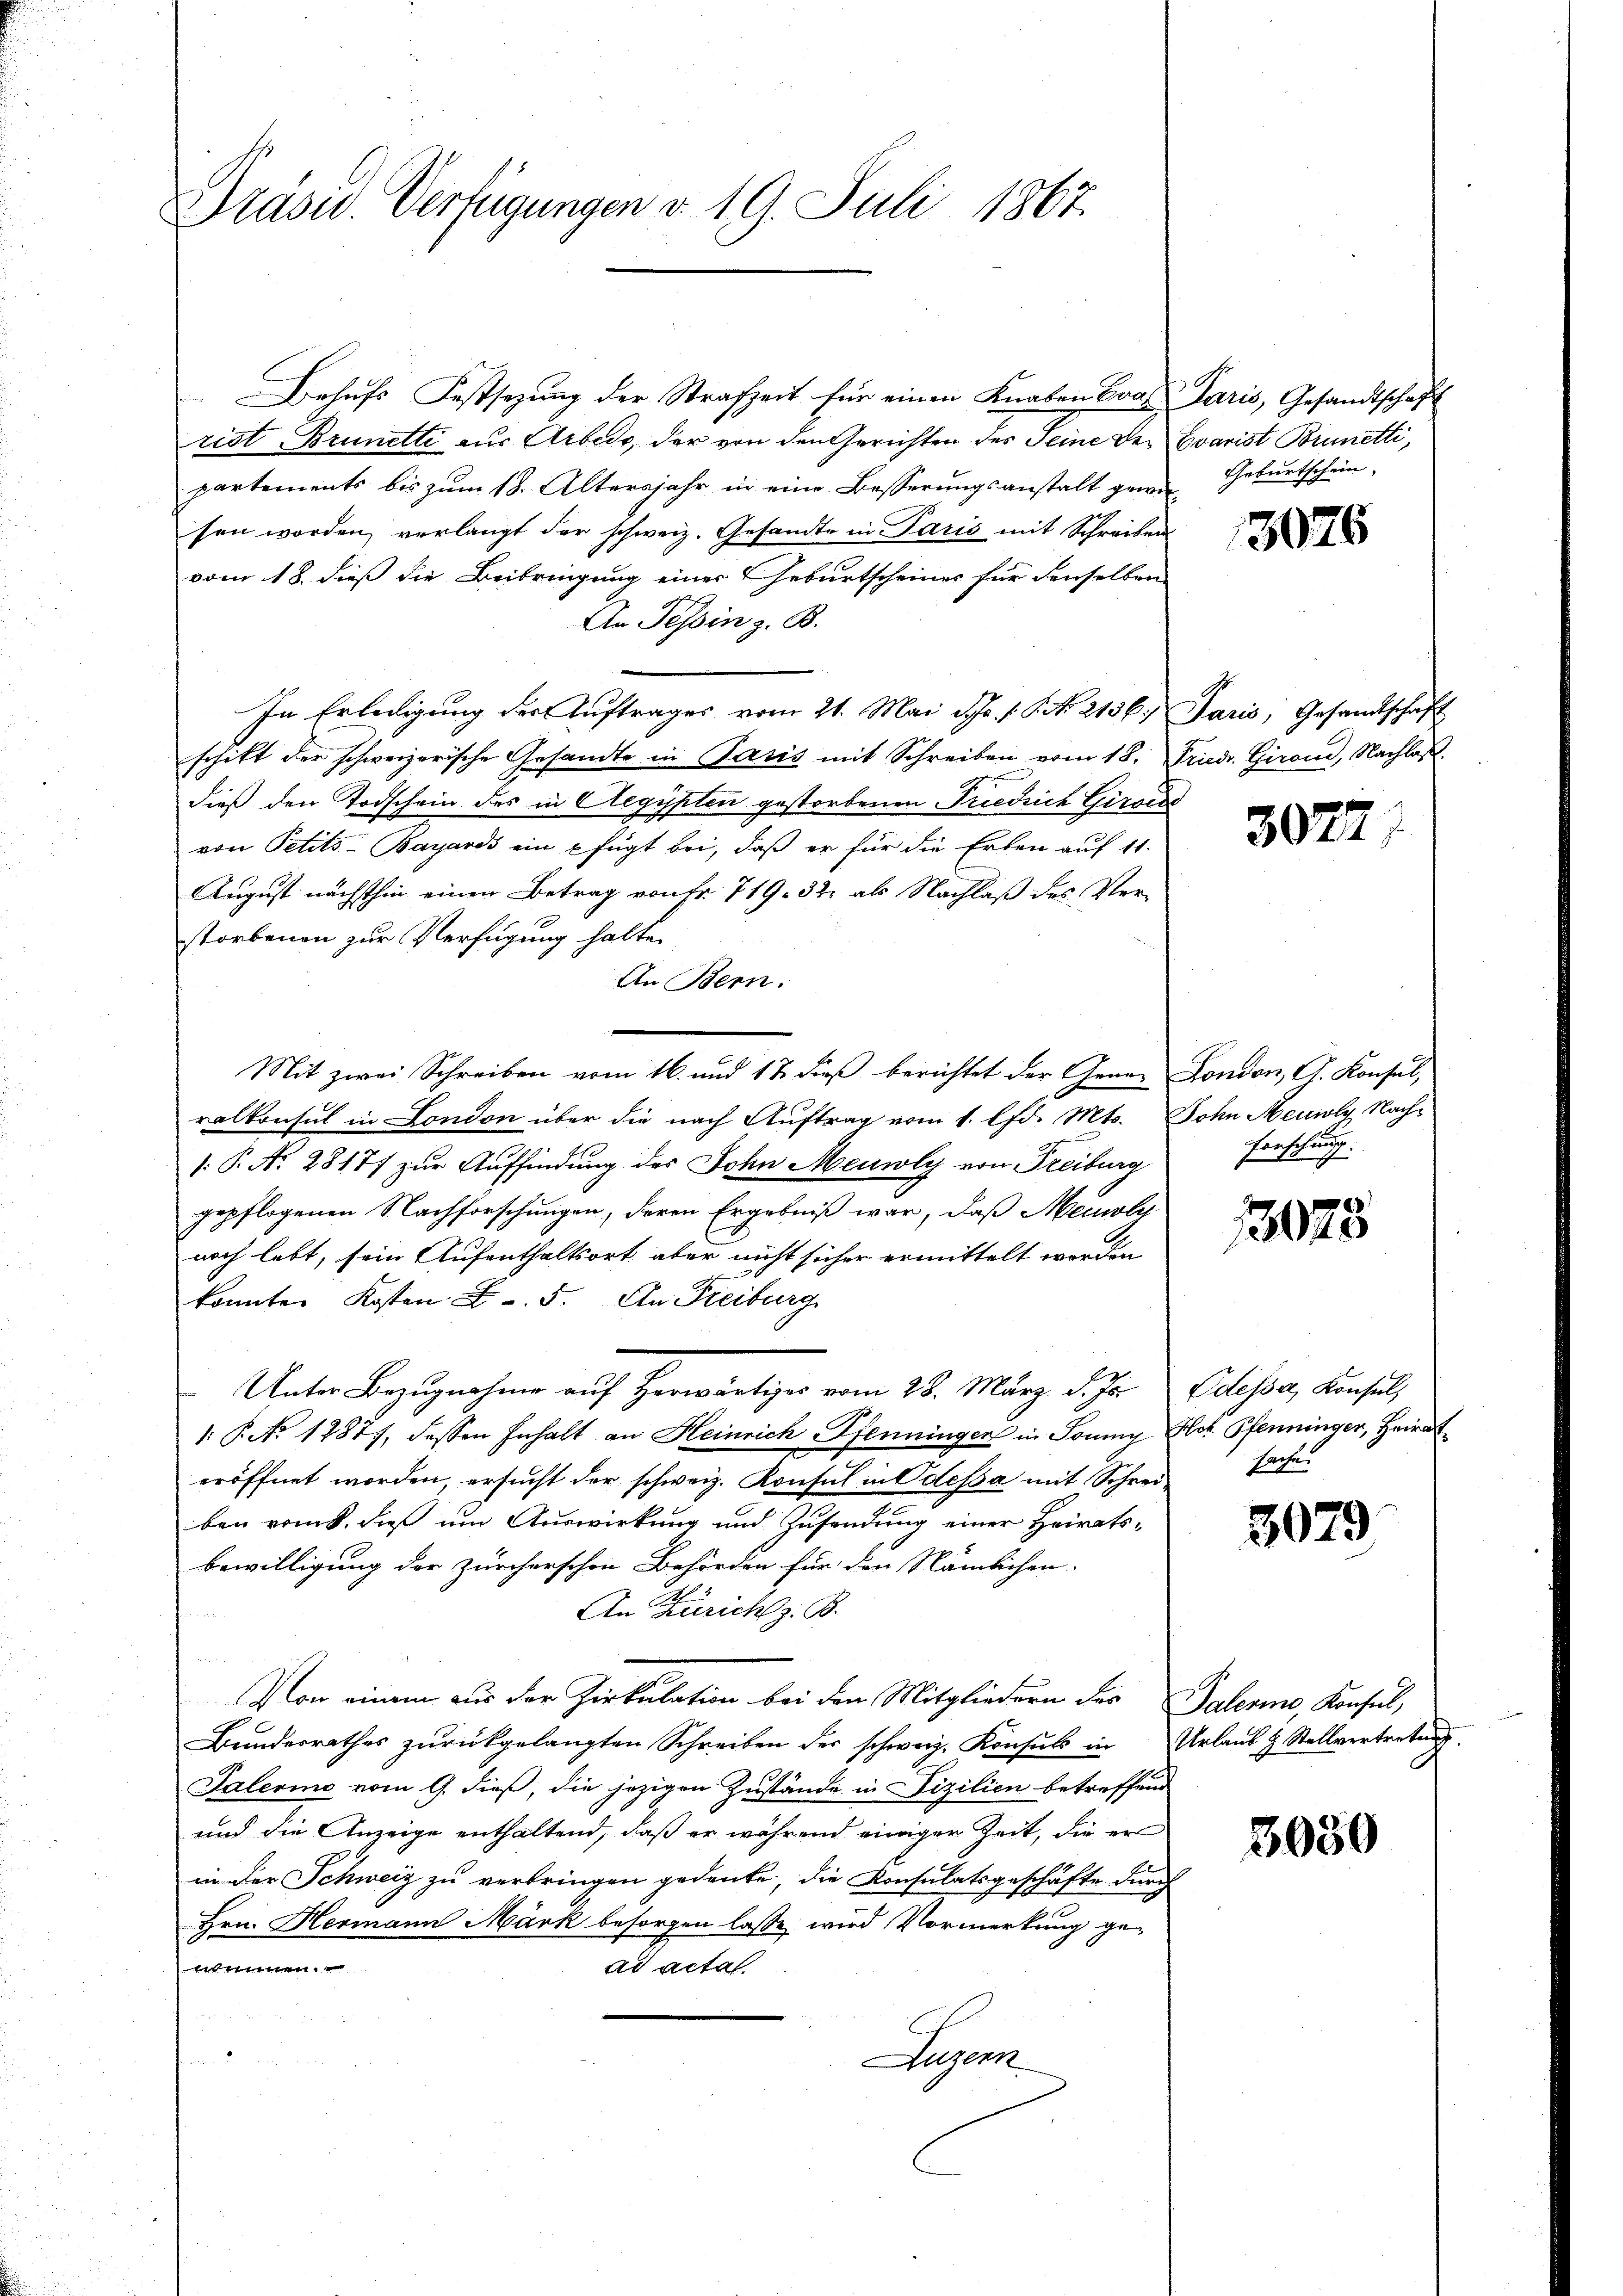
Präsid. Verfügungen v. 19. Juli 1867.

Behufs Festsezung der Strafzeit für einen Knaben Brat Paris, Gesandtschaft
rist Brunetti aus Arbedo, der von den Gerichten des Seine der Evarist Brunetti,
partements bis zum 18. Altersjahr in eine Besserungsanstalt gewor-
sen worden, verlangt der schweiz. Gesandte in Paris mit Schreiben
vom 18. dieß die Beibringung einer Geburtscheines für denselben
An Tessin z. B.
In Erledigung der Auftrages vom 21. Mai d. 1 S. 2136. Paris, Gesandtschaft
schikt der schweizerische Gesandte in Paris mit Schreiben vom 18. Friedr. Giron, Nachlaß
dieß den Todschein des in Aegypten gestorbenen Friedrich Giroide
von Petits-Bayards ein u fügt bei, daß er für die Erben auf 11.
August nächsthin einen Betrag von Fr. 719. 32. als Nachlaß des Ver-
storbenen zur Verfügung halte
An Bern:
Mit zwei Schreiben vom 16. und 12. dieß berichtet der Gener Fondon, A. Konsul,
ralkonsul in London über die nach Auftrag vom 1. lfd. Mts. Sohn Neuoly Nach¬
: P. No. 28177 zur Auffindung des John Meuwly von Freiburg
gepflogenen Nachforschungen, deren Ergebniß war, daß Meil
noch lebt, sein Aufenthaltsort aber nicht sicher ermittelt worden
konnten Kosten L. 5. An Freiburg
Unter Bezugnahme auf Herwärtiger vom 28. März d. Js. Odesser, Konsul,
1: P. No 12877, dessen Inhalt an Heinrich Pfenningen in Soney Act. Pfenninger, Heirat
eröffnet worden, ersucht der schweiz. Konsul in Odessa mit Schreiben vom. dieß um Auswirkung und Zusendung einer Heirats-
bewilligung der zürcherschen Behörden für den Nämlichen.
An Zürich z. B.
Von einem aus der Zirkulation bei den Mitgliedern des Talerme, Konsul,
Bŭndesrathes zŭrückgelangten Schreiben der schweiz. Konsuls in Urlaub & Stellvertretung.
Palerino vom 9. dieß, die jezigen Zustände in izilien betreffend
und die Anzeige enthaltend, daß er während einiger Zeit, die er
in der Schweiz zu verbringen gedeute, die Konsulatsgeschäfte durch
Hrn. Hermann Mark besorgen lasse, wird Vormerkung genennen.
ad acta
Jugen

Geburtschein.

3076

3022

Forscha
E

13075

sache.

3079

3030